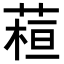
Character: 𦶙